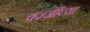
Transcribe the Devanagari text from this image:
वज्जींच्या